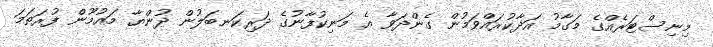
މިނިސްޓަރެއްގެ މަގާމު އަދާކުރައްވަމުން ގެންދަވާ އެ މަނިކުފާނުގެ ދަރިކަނބަލުން ދުންޔާ މައުމޫން ފުރަތަމަ